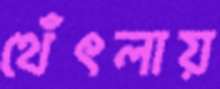
থেঁৎলায়